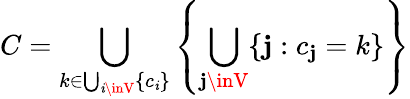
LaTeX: C=\bigcup_{k\in\bigcup_{\mathit{i}\inV}\{ c_{\mathit{i}}\} }\left\{ \bigcup_{\mathbf{j}\inV}\{ \mathbf{j}:c_{\mathbf{j}}=k\} \right\}